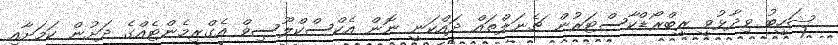
ޝަހީބު ވިދާޅުވީ ރީބްރޯޑްކާސްޓަރުން ޗެނަލްތައް ދައްކަނީ ނޮން އެކްސްކްލޫސިވް އެގްރިމެންޓެއްގެ ދަށުން ކަމަށާއި